Annual report on the Civil Veterinary Department, Burma (including the Insein Veterinary School) - 1910-1922
Year: 1910
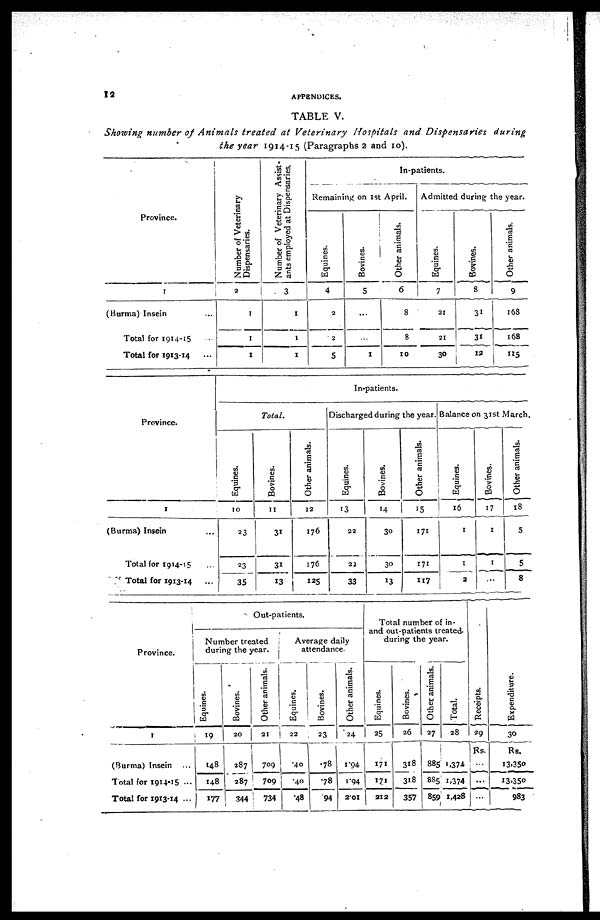
12
APPENDICES.
TABLE V.
Showing number of Animals treated at Veterinary
Hospitals and Dispensaries
during
the year 1914-15 (Paragraphs 2 and 10).
Province.
1
(Burma) Insein ...
Total for 1914-15 ...
Total for 1913-14 ...
Number of Veterinary
Dispensaries.
2
1
1
1
Number of Veterinary Assist-
ants employed at Dispensaries.
3
1
1
1
In-patients.
Remaining on 1st April.
Equines.
4
2
2
5
Bovines.
5
...
...
1
Other animals.
6
8
8
10
Admitted during the year.
Equines.
7
21
21
30
Bovines.
8
31
31
12
Other animals.
9
168
168
115
Province.
1
(Burma) Insein ...
Total for 1914-15 ...
Total for 1913-14 ...
In-patients.
Total.
Equines.
10
23
23
35
Bovines.
11
31
31
13
Other animals.
12
176
176
125
Discharged during the year.
Equines.
13
22
22
33
Bovines.
14
30
30
13
Other animals.
15
171
171
117
Balance on 31st March.
Equines.
16
1
1
2
Bovines.
17
1
1
...
Other animals.
18
5
5
8
Province.
1
(Burma) Insein ...
Total for 1914-15 ...
Total for 1913-14 ...
Out-patients.
Number treated
during the year.
Equines.
19
148
148
177
Bovines.
20
287
287
344
Other animals.
21
709
709
734
Average daily
attendance.
Equines.
22
.40
.40
.48
Bovines.
23
.78
.78
.94
Other animals.
24
1.94
1.94
2.01
Total number of in-
and out-patients treated-
during the year.
Equines.
25
171
171
212
Bovines.
26
318
318
357
Other animals.
27
885
885
859
Total.
28
1,374
1,374
1,428
Recei pt s .
29
Rs.
...
...
...
Expenditure.
30
Rs.
13,350
13,350
983